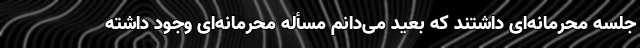
جلسه محرمانه‌ای داشتند که بعید می‌دانم مسأله محرمانه‌‌ای وجود داشته